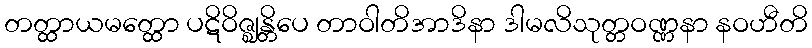
တတ္ထာယမတ္ထော ပဋိဝိဇ္ဈန္တိပေ တာဝါတိအာဒိနာ ဒါမလိသုတ္တဝဏ္ဏနာ နဝဟီတိ